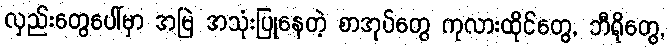
လှည်းတွေပေါ်မှာ အမြဲ အသုံးပြုနေတဲ့ စာအုပ်တွေ ကုလားထိုင်တွေ, ဘီရိုတွေ,